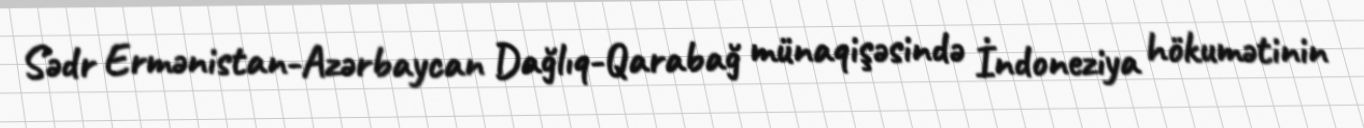
Sədr Ermənistan-Azərbaycan Dağlıq-Qarabağ münaqişəsində İndoneziya hökumətinin